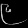
Digit: ၉